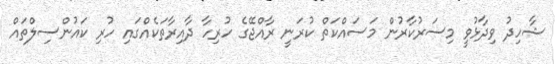
ޝާހިދު ވިދާޅުވީ މިސަރުކާރުން މަސައްކަތް ކުރަނީ ރާއްޖޭގެ ހުރިހާ ދާއިރާތަކެއްގައި ހުރި ކައުންސިލްތައް